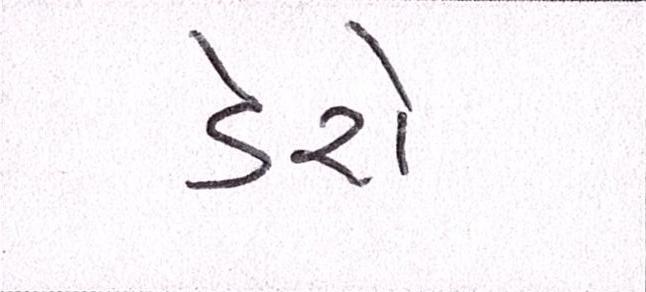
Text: ડેરો